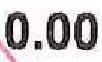
0.00